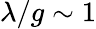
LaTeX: \lambda/g\sim 1